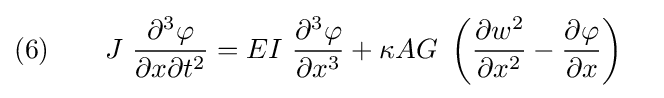
{\begin{aligned}(6)&&\quad J~{\frac {\partial ^{3}\varphi }{\partial x\partial t^{2}}}&=EI~{\frac {\partial ^{3}\varphi }{\partial x^{3}}}+\kappa AG~\left({\frac {\partial w^{2}}{\partial x^{2}}}-{\frac {\partial \varphi }{\partial x}}\right)\end{aligned}}